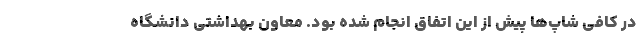
در کافی شاپ‌ها پیش از این اتفاق انجام شده بود. معاون بهداشتی دانشگاه